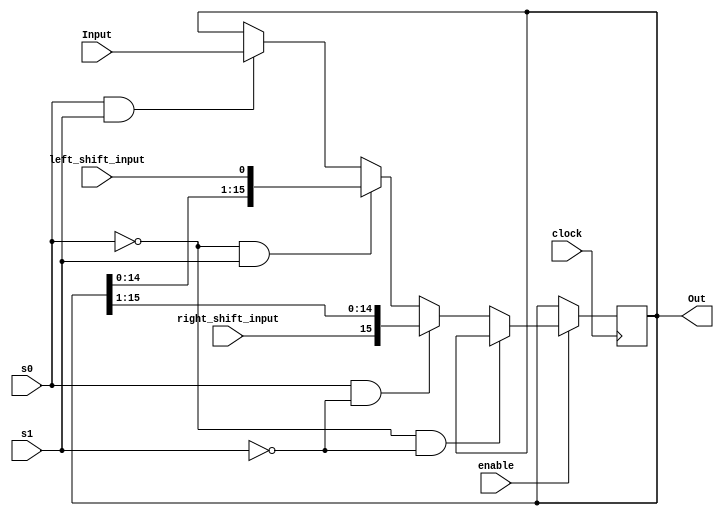
module uni_shift_register(Out,Input,clock,enable,s0,s1,left_shift_input,right_shift_input);
	input  [15:0] Input;
	output reg [15:0] Out;
	input clock,enable,s0,s1;
	input left_shift_input,right_shift_input;
	
	reg [15:0] keep;
	
	always@(posedge clock)
		begin
			if(enable == 1'b1)
				begin
					if(s0==1'b0 && s1==1'b0)
						begin
							Out=Out;
						end
					else if(s0==1'b1 && s1==1'b0)
						begin
							keep[14:0]=Out[15:1];
							keep[15] = right_shift_input;
							
							Out[15:0]=keep[15:0];
						end
					else if(s0==1'b0 && s1==1'b1)
						begin
							keep[15:1]=Out[14:0];
							keep[0] = left_shift_input;
							
							Out[15:0]=keep[15:0];
			
						end
					else if(s0==1'b1 && s1==1'b1)
						begin
							Out[15:0]=Input[15:0];
							
						end
						
				end
			else
				begin
				end
		end
endmodule


module Test_Shift_Reg;
	wire [15:0] out;
	reg [15:0] In;
	reg clock,enable,s0,s1;
	reg left_shift_input,right_shift_input;
	
	initial
		clock = 1'b1;
		
	always
		#5 clock = ~clock;
		
	initial
		#200 $finish;
		
	uni_shift_register shift(out,In,clock,enable,s0,s1,left_shift_input,right_shift_input);
	
	initial
		begin
			
			
			#5 enable=1'b1 ; In=16'b1010101010101010; left_shift_input=1'b0; right_shift_input=1'b0; s0=1'b1; s1=1'b1;
			#15 $display("enable=%b ,Input=%b ,left_shift_input=%b ,right_shift_input=%b, s0=%b, s1=%b,out=%b \n",enable,In,left_shift_input,right_shift_input,s0,s1,out);
		
			
			#5 enable=1'b1 ; In=16'b1010101010101010; left_shift_input=1'b0; right_shift_input=1'b1; s0=1'b1; s1=1'b0;
			#15 $display("enable=%b ,Input=%b ,left_shift_input=%b ,right_shift_input=%b, s0=%b, s1=%b,out=%b \n",enable,In,left_shift_input,right_shift_input,s0,s1,out);
			
				
			#5 enable=1'b1 ; In=16'b1010101010101010; left_shift_input=1'b0; right_shift_input=1'b0; s0=1'b1; s1=1'b1;
			#15 $display("enable=%b ,Input=%b ,left_shift_input=%b ,right_shift_input=%b, s0=%b, s1=%b,out=%b \n",enable,In,left_shift_input,right_shift_input,s0,s1,out);
		
			
			#5 enable=1'b1 ; In=16'b1010101010101010; left_shift_input=1'b0; right_shift_input=1'b0; s0=1'b0; s1=1'b1;
			#15 $display("enable=%b ,Input=%b ,left_shift_input=%b ,right_shift_input=%b, s0=%b, s1=%b,out=%b \n",enable,In,left_shift_input,right_shift_input,s0,s1,out);
			
			#5 enable=1'b1 ; In=16'b1010101010101010; left_shift_input=1'b0; right_shift_input=1'b0; s0=1'b1; s1=1'b1;
			#15 $display("enable=%b ,Input=%b ,left_shift_input=%b ,right_shift_input=%b, s0=%b, s1=%b,out=%b \n",enable,In,left_shift_input,right_shift_input,s0,s1,out);
		
			#5 enable=1'b1 ; In=16'b1010101010101010;left_shift_input=1'b0; right_shift_input=1'b0; s0=1'b0; s1=1'b0;
			#15 $display("enable=%b ,Input=%b ,left_shift_input=%b ,right_shift_input=%b, s0=%b, s1=%b,out=%b \n",enable,In,left_shift_input,right_shift_input,s0,s1,out);	
			
		end
		
		
		
	
endmodule